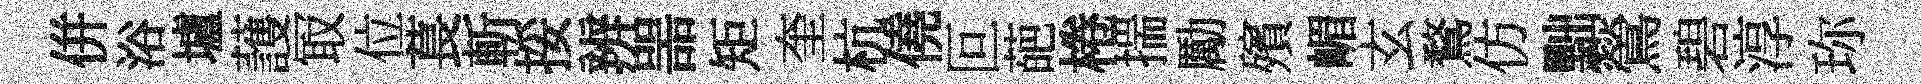
併浴壚䕶冣位萇斬挼辨噐矩奎杭僥叵葩棬揣勵殯嵋玄鶩仿黜鶯碧淳珎